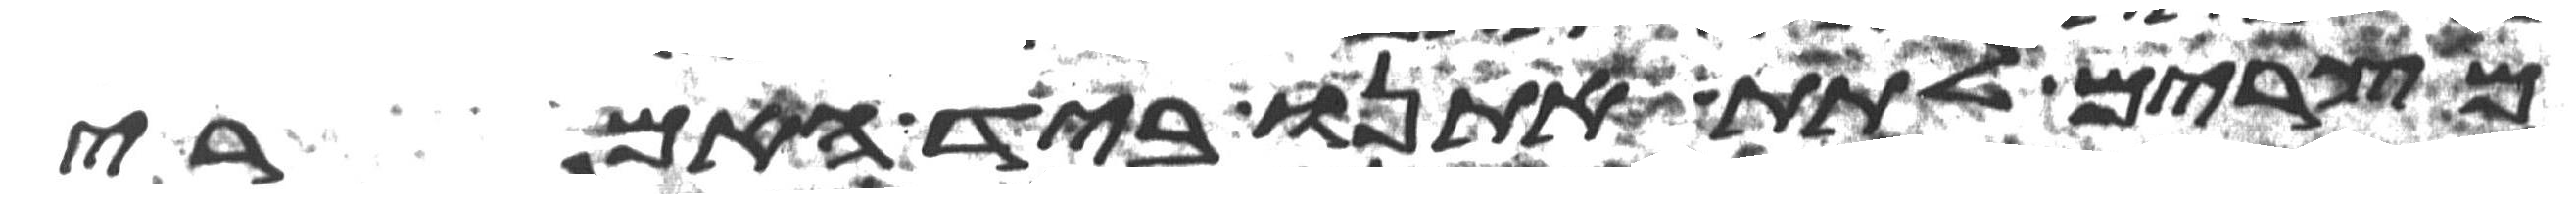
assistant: מצרים לתת אתנו ביד האמרי